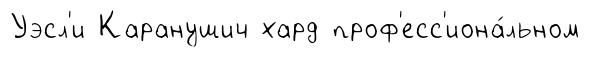
Уэсл'и Каранушич хард проф'есс'иона́льном